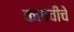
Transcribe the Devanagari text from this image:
कराचीचे